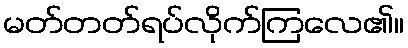
မတ်တတ်ရပ်လိုက်ကြလေ၏။